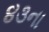
૪૩ના